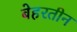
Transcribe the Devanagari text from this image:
बेहरतीन